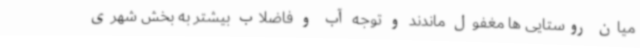
میان روستایی ها مغفول ماندند و توجه آب و فاضلاب بیشتر به بخش شهری